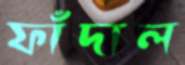
ফাঁদাল